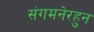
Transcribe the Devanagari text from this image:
संगमनेरहुन